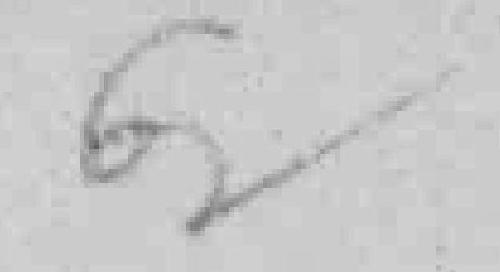
62